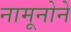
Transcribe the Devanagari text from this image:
नामूनोने